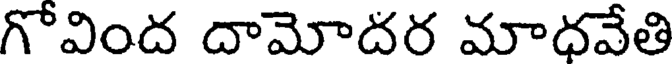
గోవింద దామోదర మాధవేతి